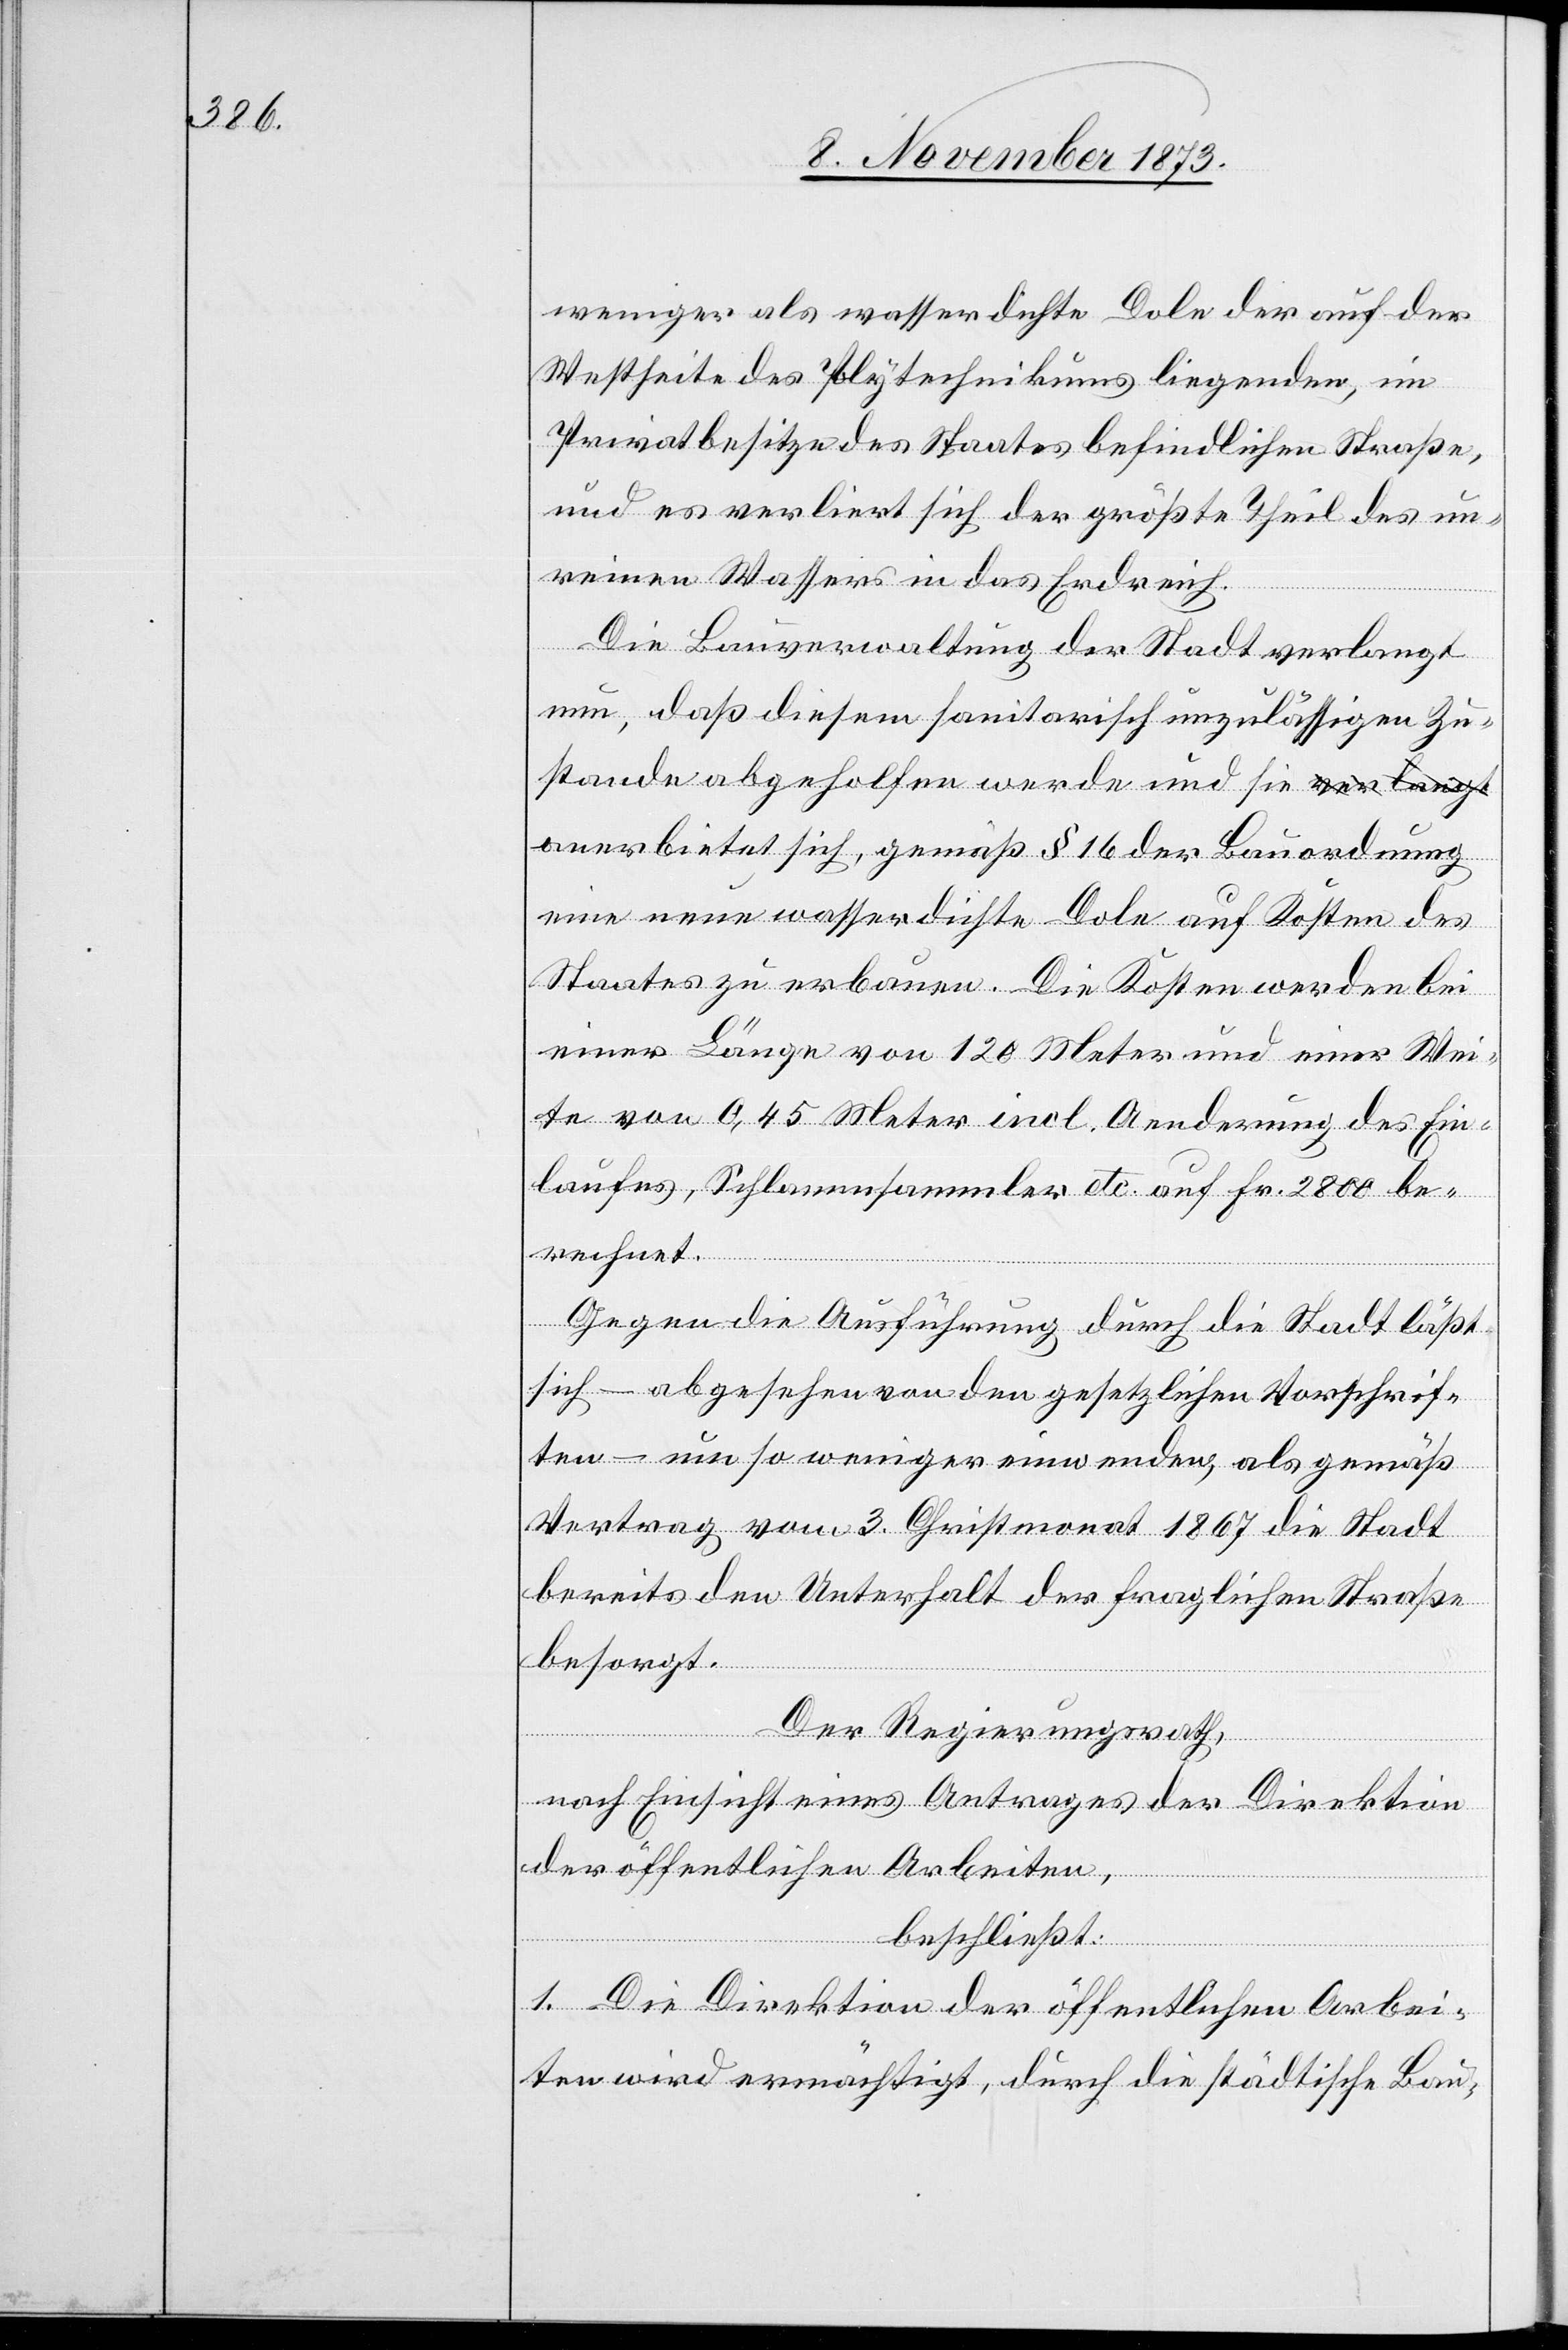
weniger als wasserdichte Dole der auf der
Westseite des Polytechnikums liegenden, im
Privatbesitze des Staates befindlichen Straße,
und es verliert sich der größte Theil des un¬
reinen Wassers in das Erdreich.
Die Bauverwaltung der Stadt verlangt
nun, daß diesem sanitarisch unzulässigen Zu¬
stande abgeholfen werde und sie a¬
nerbietet sich, gemäß § 16 der Bauordnung
eine neue wasserdichte Dole auf Kosten des
Staates zu erbauen. Die Kosten werden bei
einer Länge von 120 Meter und einer Wei¬
te von 0,45 Meter incl. Aenderung des Ein¬
laufes, Schlammsammler etc. auf Fr. 2 800 be¬
rechnet.
Gegen die Ausführung durch die Stadt läßt
sich – abgesehen von den gesetzlichen Vorschrif¬
ten – um so weniger einwenden, als gemäß
Vertrag vom 3. Christmonat 1867 die Stadt
bereits den Unterhalt der fraglichen Straße
besorgt.
Der Regierungsrath,
nach Einsicht eines Antrages der Direktion
der öffentlichen Arbeiten,
beschließt:
1. Die Direktion der öffentlichen Arbei¬
ten wird ermächtigt, durch die städtische Bau-